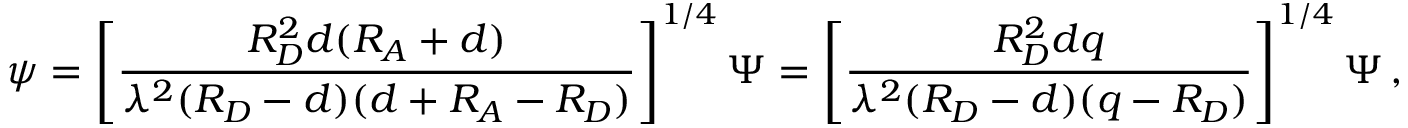
\boldsymbol \psi = \left[ { \frac { R _ { D } ^ { 2 } d ( R _ { A } + d ) } { \lambda ^ { 2 } ( R _ { D } - d ) ( d + R _ { A } - R _ { D } ) } } \right] ^ { 1 / 4 } \boldsymbol \Psi = \left[ { \frac { R _ { D } ^ { 2 } d q } { \lambda ^ { 2 } ( R _ { D } - d ) ( q - R _ { D } ) } } \right] ^ { 1 / 4 } \boldsymbol \Psi \, ,